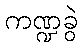
ကဏ္ဍခွဲ